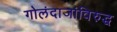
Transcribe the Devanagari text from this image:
गोलंदाजांविरुद्ध